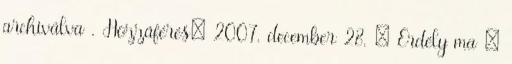
archiválva . Hozzáférés: 2007. december 28. ↑ Erdély ma –